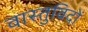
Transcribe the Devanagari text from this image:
वास्‍तुविदों